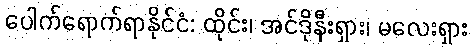
ပေါက်ရောက်ရာနိုင်ငံ: ထိုင်း၊ အင်ဒိုနီးရှား၊ မလေးရှား